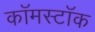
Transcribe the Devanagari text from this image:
कॉमस्टॉक